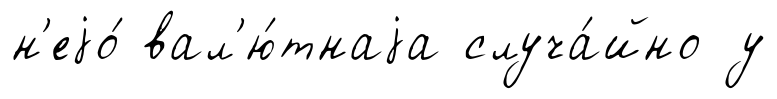
н'еjо́ вал'ю́тнаjа случа́йно у